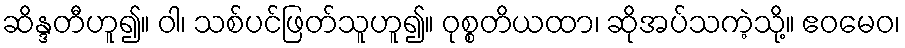
ဆိန္ဒတီဟူ၍။ ဝါ၊ သစ်ပင်ဖြတ်သူဟူ၍။ ဝုစ္စတိယထာ၊ ဆိုအပ်သကဲ့သို့။ ဧဝမေဝ၊